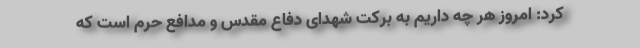
کرد: امروز هر چه داریم به برکت شهدای دفاع مقدس و مدافع حرم است که